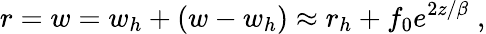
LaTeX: r=w=w_{h}+(w-w_{h})\approx r_{h}+f_{0}e^{2z/\beta}\; ,